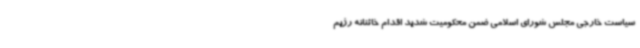
سیاست خارجی مجلس شورای اسلامی ضمن محکومیت شدید اقدام خائنانه رژیم